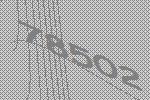
78502